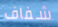
شفاف